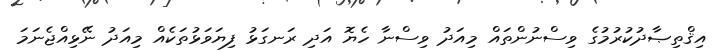
އިޤްތިޞާދުކުރުމުގެ ވިސްނުންތައް މިއަދު ވިސްނާ ހެޔޮ އަދި ރަނގަޅު ފިޔަވަޅުތަކެއް މިއަދު ނޭޅިއްޖެނަމަ